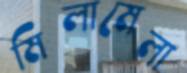
মিলামেলা